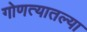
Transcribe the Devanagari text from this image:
गोणत्यातल्या